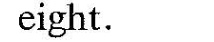
eight.